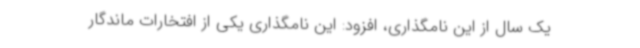
یک سال از این نامگذاری، افزود: این نامگذاری یکی از افتخارات ماندگار